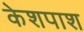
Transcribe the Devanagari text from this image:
केशपाश